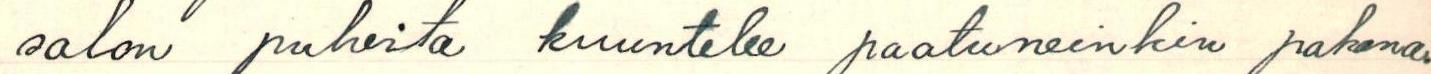
salon puheita kuuntelee paatuneinkin pakana.